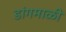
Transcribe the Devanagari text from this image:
डांगमाळी